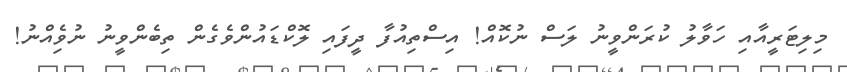
މިލިޓަރީއާއި ހަވާލު ކުރަންވީނު ލަސް ނުކޮއް! އިސްތިއުފާ ދީފައި ލޮކްޑައުންވެގެން ތިބެންވީނު ނުވިެއްނު!